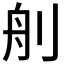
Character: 𦨉